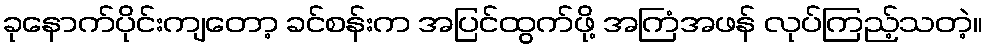
ခုနောက်ပိုင်းကျတော့ ခင်စန်းက အပြင်ထွက်ဖို့ အကြံအဖန် လုပ်ကြည့်သတဲ့။